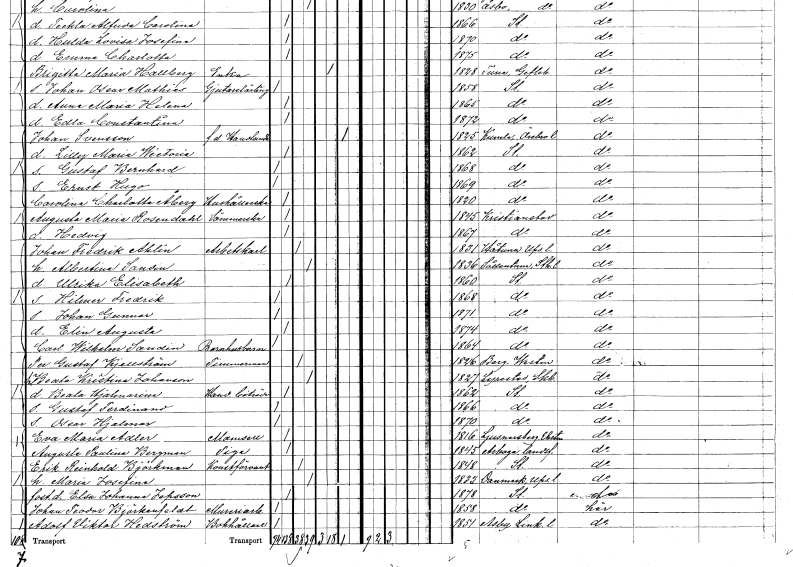
gt_parse: households: individuals: FN: Carolina Charlotta
EN: Åberg
YRKE: Hushållerska
KON: K
CIV: O
FODAR: 1820
FODFORS: Stockholm
FN: Augusta Maria
EN: Rosendahl
YRKE: Sömmerska
KON: K
CIV: O
FODAR: 1845
FODFORS: Kristianstad Kristianstads län
FN: Hedvig
KON: K
CIV: O
FODAR: 1867
FODFORS: Kristianstad Kristianstads län
FN: Johan Fredrik
EN: Ahlin
YRKE: Arbetskarl
KON: M
CIV: G
FODAR: 1831
FODFORS: Håtuna Stockholms län
FN: Albertina
EN: Sandin
KON: K
CIV: G
FODAR: 1836
FODFORS: Sollentuna Stockholms län
FN: Ulrika Elisabeth
KON: K
CIV: O
FODAR: 1860
FODFORS: Stockholm
FN: Hilmer Fredrik
KON: M
CIV: O
FODAR: 1868
FODFORS: Stockholm
FN: Johan Gunnar
KON: M
CIV: O
FODAR: 1871
FODFORS: Stockholm
FN: Elin Augusta
KON: K
CIV: O
FODAR: 1874
FODFORS: Stockholm
FN: Carl Wilhelm
EN: Sandin
YRKE: Barnhusbarn
KON: M
CIV: O
FODAR: 1864
FODFORS: Stockholm
FN: Per Gustaf
EN: Kjellström
YRKE: Timmerman
KON: M
CIV: G
FODAR: 1826
FODFORS: Berg Västmanlands län
FN: Beata Kristina
EN: Johanson
KON: K
CIV: G
FODAR: 1827
FODFORS: Lyrestad Skaraborgs län
FN: Beata Hjalmarina
YRKE: Handelsbiträde
KON: K
CIV: O
FODAR: 1862
FODFORS: Stockholm
FN: Gustaf Ferdinand
KON: M
CIV: O
FODAR: 1866
FODFORS: Stockholm
FN: Oscar Hjalmar
KON: M
CIV: O
FODAR: 1870
FODFORS: Stockholm
FN: Eva Maria
EN: Adler
KON: K
CIV: O
FODAR: 1816
FODFORS: Ljusnarsberg Örebro län
FN: Augusta Paulina
EN: Bergman
YRKE: Piga
KON: K
CIV: O
FODAR: 1845
FODFORS: Arboga landsförsamling Västmanlands län
FN: Erik Reinhold
EN: Björkman
YRKE: Konstförvandt
KON: M
CIV: G
FODAR: 1848
FODFORS: Stockholm
FN: Maria Josefina
KON: K
CIV: G
FODAR: 1833
FODFORS: Danmark Uppsala län
FN: Elsa Johanna
EN: Jepsson
KON: K
CIV: O
FODAR: 1878
FODFORS: Stockholm
FN: Johan Teodor
EN: Björkenfeldt
YRKE: Mureriarbetare
KON: M
CIV: O
FODAR: 1858
FODFORS: Stockholm
FN: Adolf Vicktor
EN: Hedström
YRKE: Bokhållare
KON: M
CIV: O
FODAR: 1851
FODFORS: Asby Östergötlands län